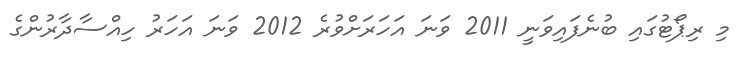
މި ރިޕޯޓުގައި ބުނެފައިވަނީ 2011 ވަނަ އަހަރަށްވުރެ 2012 ވަނަ އަހަރު ހިއްސާދާރުންގެ